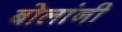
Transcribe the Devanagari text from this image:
बोलांनी